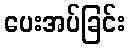
ပေးအပ်ခြင်း